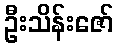
ဦးသိန်းဇော်